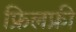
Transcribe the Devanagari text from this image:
फ्रिलफ्री